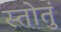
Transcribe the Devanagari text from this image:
स्तोतुं